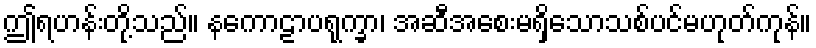
ဤရဟန်းတို့သည်။ နကောဠာပရုက္ခာ၊ အဆီအစေးမရှိသောသစ်ပင်မဟုတ်ကုန်။